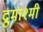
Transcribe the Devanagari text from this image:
द्रुमाश्मी